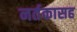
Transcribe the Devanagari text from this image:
नर्तकासह